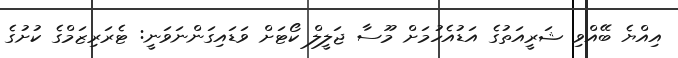
އިއްޔެ ބޭއްވި ޝަރީއަތުގެ އަޑުއެހުމަށް މޫސާ ޖަލީލް ކޯޓަށް ވަޑައިގަންނަވަނީ: ޓެރަރިޒަމްގެ ކުށުގެެ